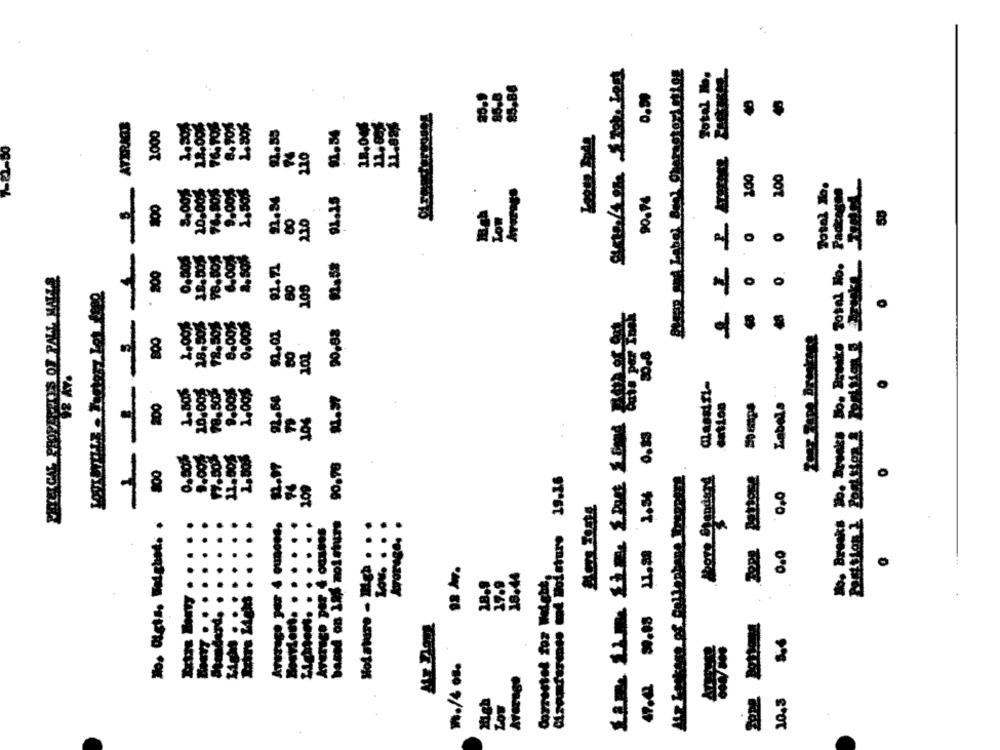
Total No.
FFF
ott
Padicages
-
94906
-
OTT
STUT8
o
0
91.72
0
8
BOT
18,502
78.505
TOOTS
TOT
1.80%
8
PAY 86
88
O
00
Mens Tests
SogeTt
M
..
. .
18.44
..
.. 0
--
---------
.........
89.06 45# 96006 empatou SIST no painDa
-----
£5
SROK